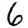
Digit: 6